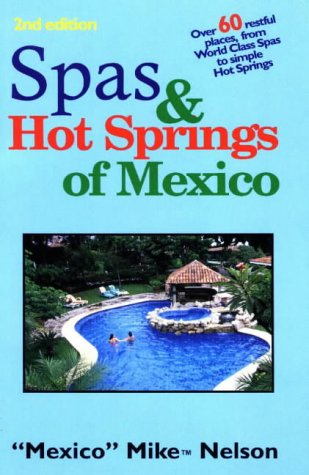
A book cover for Spas & Hot Springs of Mexico: Over 60 Restful Places from World-Class Spas to Simple Hot Springs; Mike Nelson; Travel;